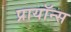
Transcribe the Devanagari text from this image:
प्रायॉन्स